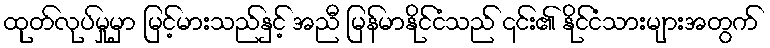
ထုတ်လုပ်မှုမှာ မြင့်မားသည်နှင့် အညီ မြန်မာနိုင်ငံသည် ၎င်း၏ နိုင်ငံသားများအတွက်